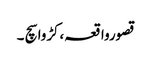
قصورواقعہ،کڑوا سچ ۔